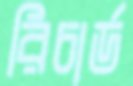
রিচার্ড